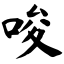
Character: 唆